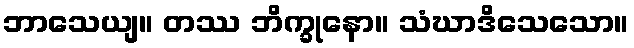
ဘာသေယျ။ တဿ ဘိက္ခုနော။ သံဃာဒိသေသော။